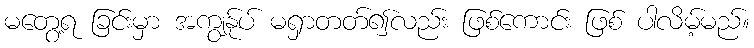
မတွေ့ရ ခြင်းမှာ အကျွန်ုပ် မရှာတတ်၍လည်း ဖြစ်ကောင်း ဖြစ် ပါလိမ့်မည်။